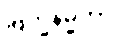
ဗြဟ္မနိမ္မိတာ